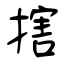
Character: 搳